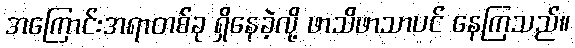
အကြောင်းအရာတစ်ခု ရှိနေခဲ့လို့ ဖာသိဖာသာပင် နေကြသည်။